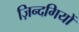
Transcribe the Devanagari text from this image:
ज़िन्दगियों